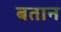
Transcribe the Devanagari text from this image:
बतान